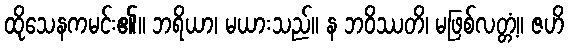
ထိုသေနကမင်း၏။ ဘရိယာ၊ မယားသည်။ န ဘဝိဿတိ၊ မဖြစ်လတ္တံ့။ ဇဟိ